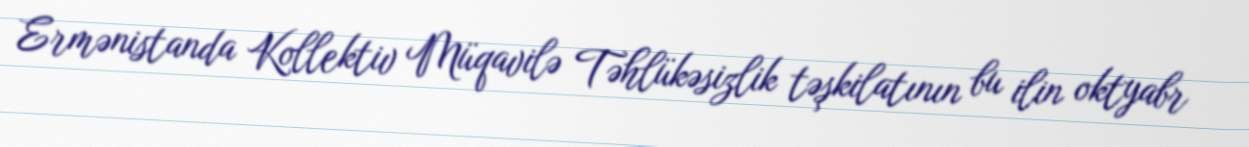
Ermənistanda Kollektiv Müqavilə Təhlükəsizlik təşkilatının bu ilin oktyabr